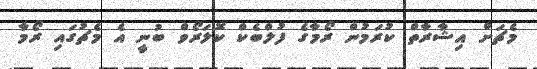
މެޗަށް އިޝާރާތް ކުރަމުން ރޯމާގެ ފުލްބެކް ކޮލަރޯވް ބުނީ އެ މެޗުގައި ރޯމާ